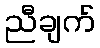
ညီချက်